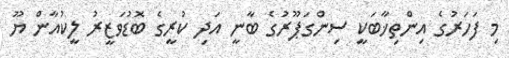
މި ފަހަރުގެ އިންތިޚާބަކީ ސިންގަޕޫރުގެ ބާނީ އަދި ކުރީގެ ބޮޑުވަޒީރު ލީކުއާން ޔޫ